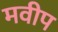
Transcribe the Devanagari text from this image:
मवीप